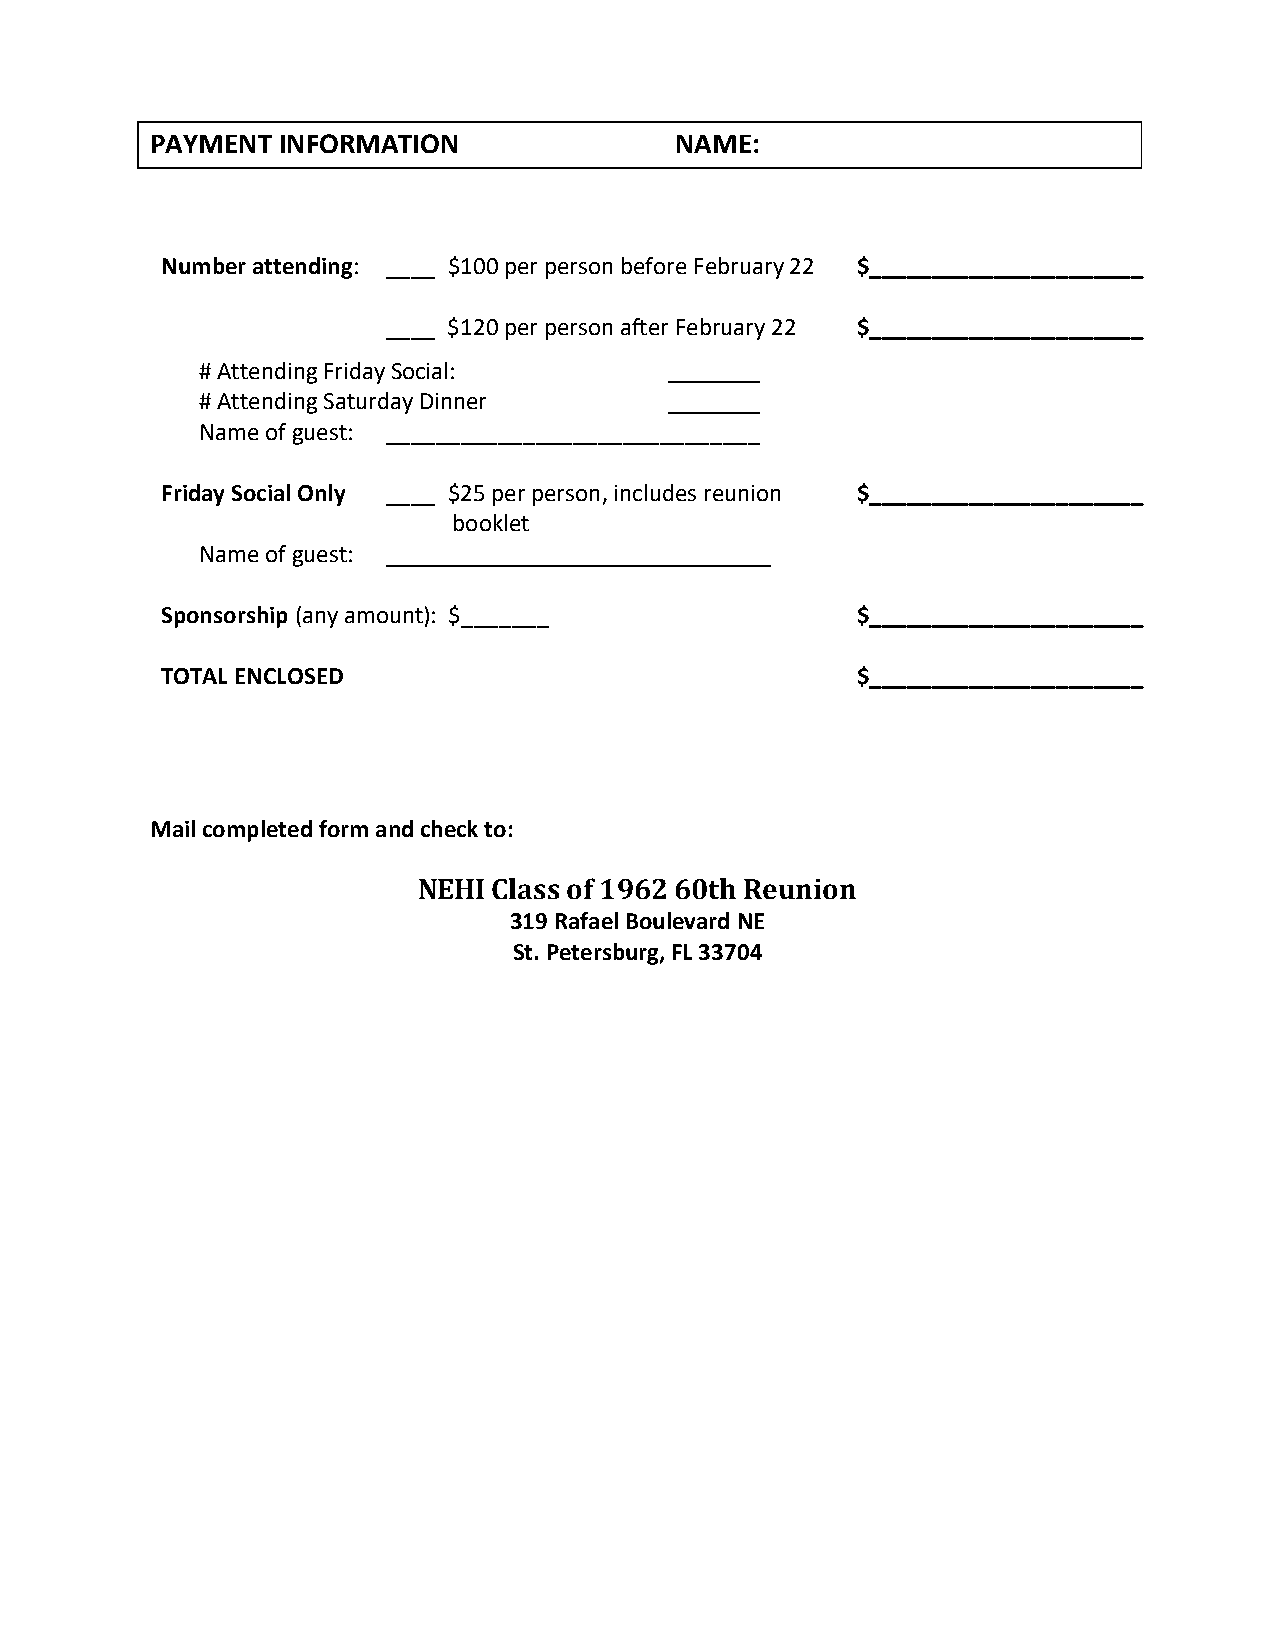
PAYMENT INFORMATION                NAME:
 Number attending: ____ $100 per person before February 22 $______________________
 ____ $120 per person after February 22 $______________________
 # Attending Friday Social:
 # Attending Saturday Dinner
 Name of guest: ______________________________
 Friday Social Only ____ $25 per person, includes reunion $______________________
 booklet
 Name of guest:
 Sponsorship (any amount): $_______            $______________________
 TOTAL ENCLOSED                                $______________________
 Mail completed form and check to:
 NEHI Class of 1962 60th Reunion
 319 Rafael Boulevard NE
 St. Petersburg, FL 33704